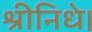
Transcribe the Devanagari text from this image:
श्रीनिधे।